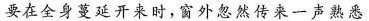
要在全身蔓延开来时，窗外忽然传来一声熟悉